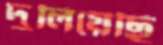
দুলিয়েছি